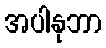
အပါနုဘာ